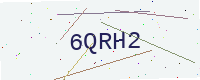
Text: 6QRH2